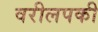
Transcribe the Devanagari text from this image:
वरीलपकी